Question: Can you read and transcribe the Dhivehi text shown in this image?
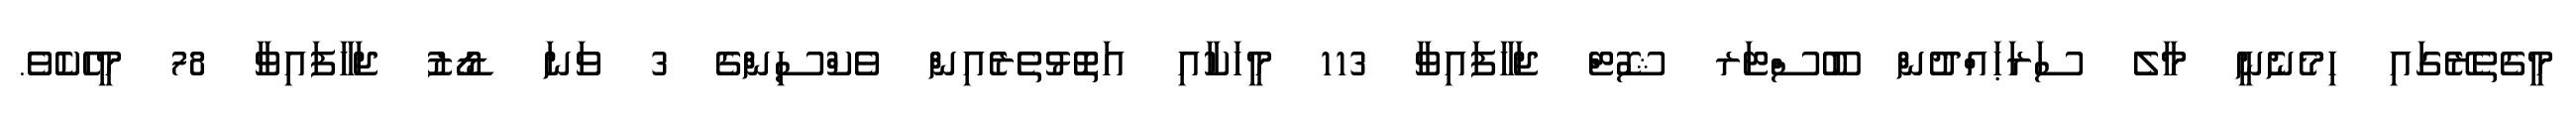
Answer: މީގެތެރޭގައި ހިމެނެނީ މާލެ ސަރަޙައްދުން ބޫސްޓަރ ޝޮޓް ޖަހާފައިވާ 113 މީހަކާއި އަތޮޅުތެރެއިން ވެކްސިންގެ 3 ވަނަ ޑޯޒު ޖަހާފައިވާ 78 މީހެކެވެ.